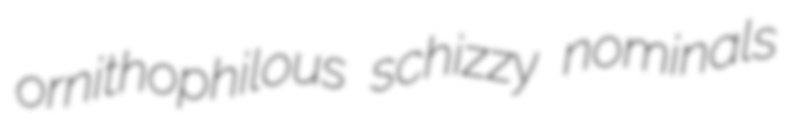
ornithophilous schizzy nominals